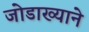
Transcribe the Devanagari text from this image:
जोडाख्याने